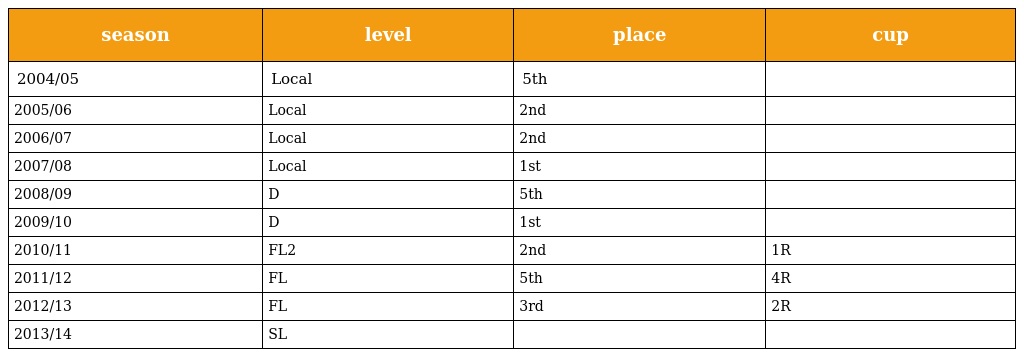
| season | level | place | cup |
 | --- | --- | --- | --- |
 | 2004/05 | Local | 5th |  |
 | 2005/06 | Local | 2nd |  |
 | 2006/07 | Local | 2nd |  |
 | 2007/08 | Local | 1st |  |
 | 2008/09 | D | 5th |  |
 | 2009/10 | D | 1st |  |
 | 2010/11 | FL2 | 2nd | 1R |
 | 2011/12 | FL | 5th | 4R |
 | 2012/13 | FL | 3rd | 2R |
 | 2013/14 | SL |  |  |